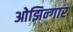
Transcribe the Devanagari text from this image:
ओझिन्गार